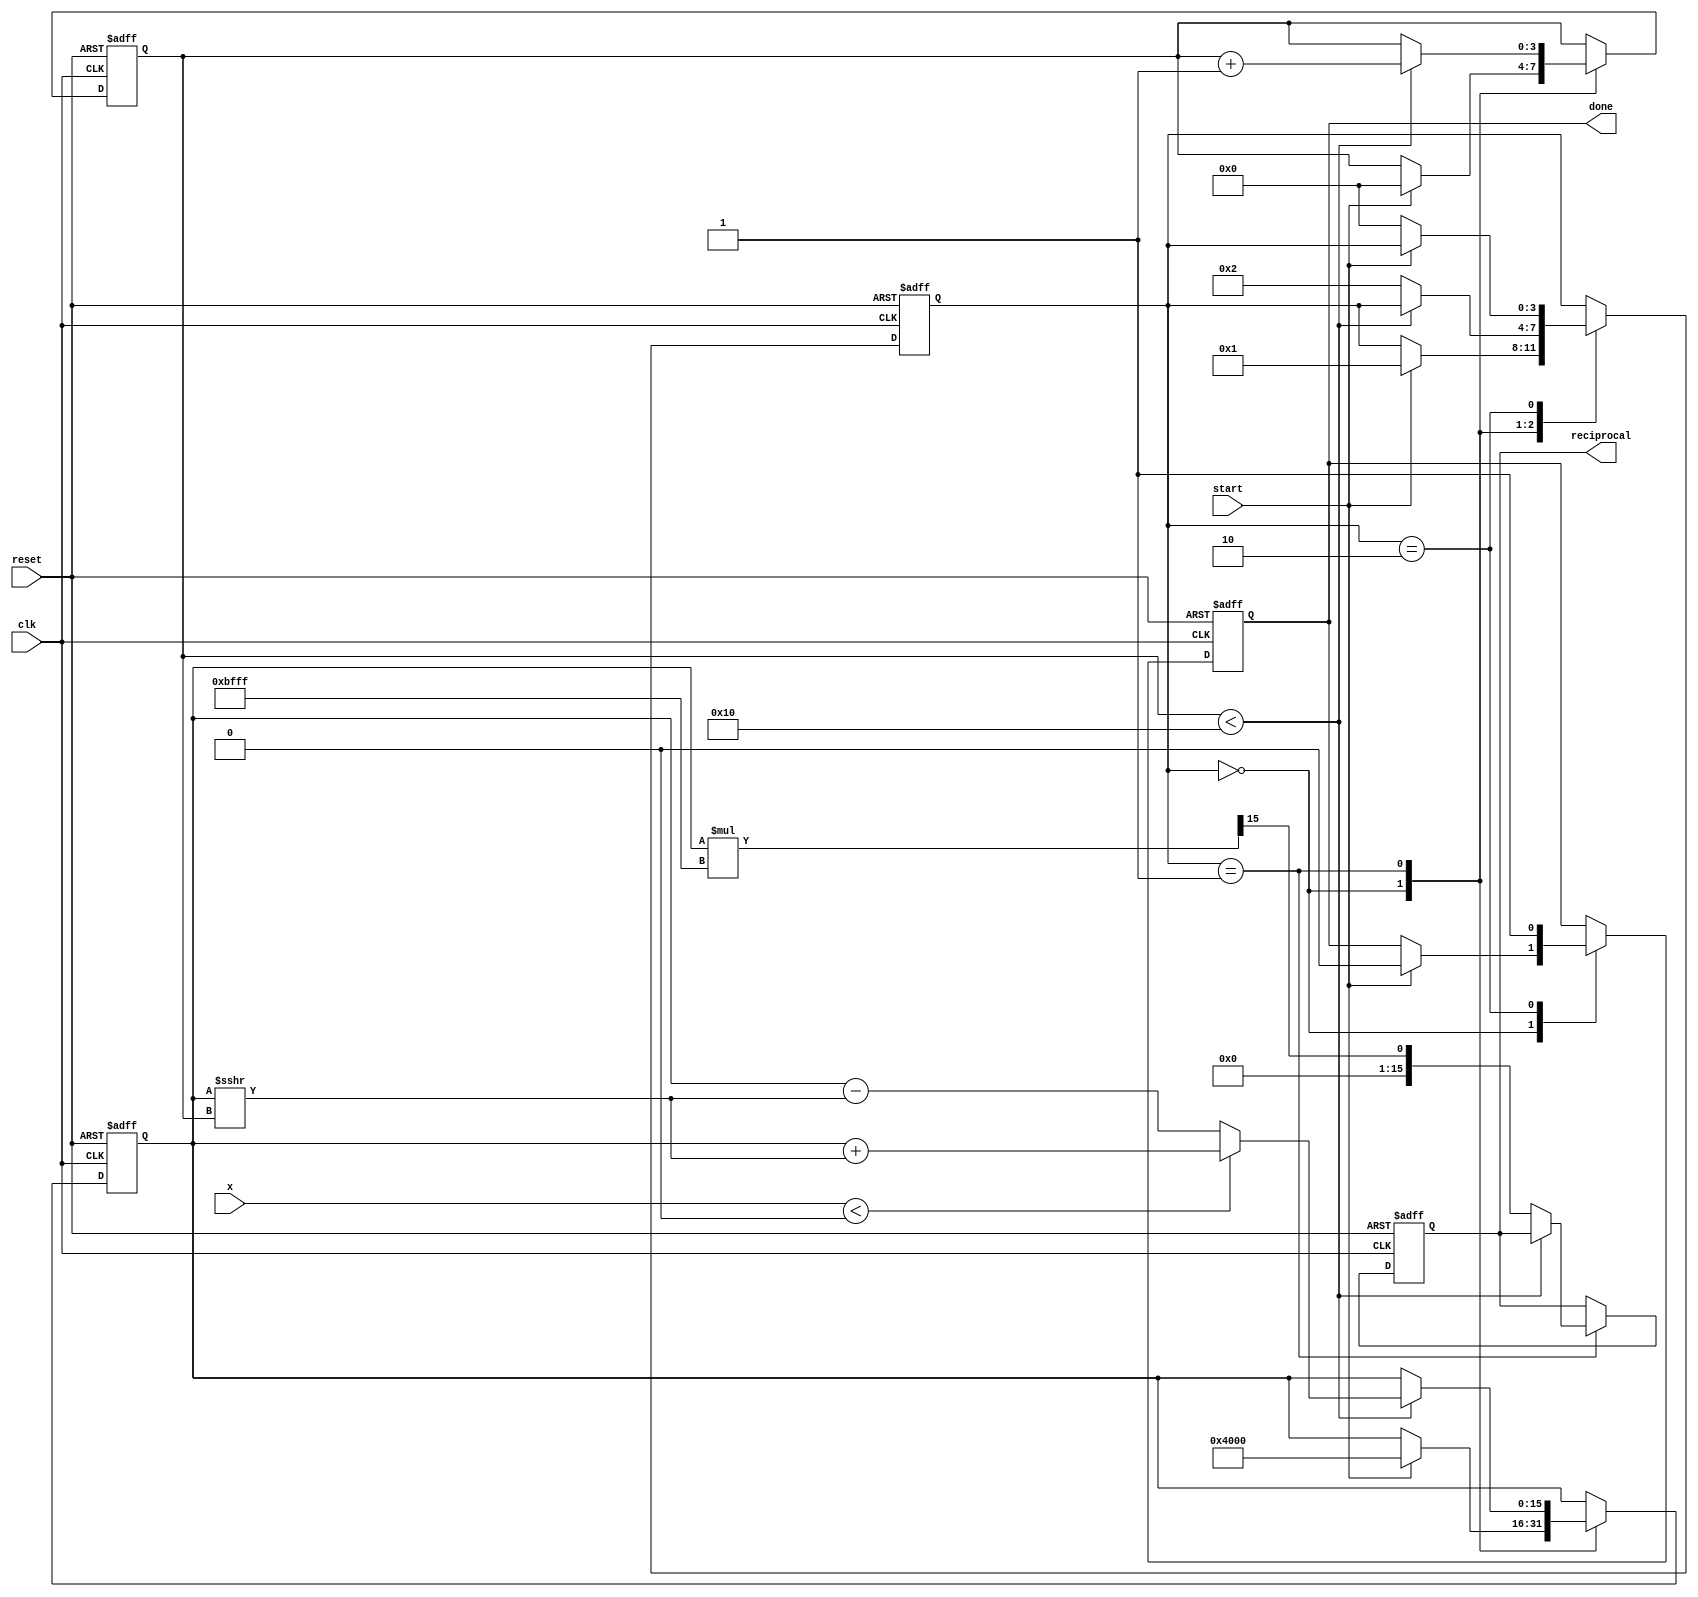
module cordic_reciprocal (
    input wire clk,
    input wire reset,
    input wire start,
    input wire [15:0] x,  // Fixed-point input, e.g., Q15 format
    output reg [15:0] reciprocal, // Fixed-point output, e.g., Q15 format
    output reg done
);
    parameter ITERATIONS = 16; // Number of CORDIC iterations
    parameter SCALE_FACTOR = 16'hBFFF; // Precomputed scaling factor (approx 0.607)
    
    // Angle lookup table (in radians, scaled appropriately for Q15)
    reg [15:0] angle_table [0:ITERATIONS-1];
    
    // Initialize the angle lookup table
    initial begin
        angle_table[0] = 16'h3FFF;  // 45 degree
        angle_table[1] = 16'h1DAC;  // 26.565 degree
        angle_table[2] = 16'h0D72;  // 14.036 degree
        angle_table[3] = 16'h05A8;  // 7.125 degree
        // Continue initializing for all needed angles...
        // ...
        angle_table[ITERATIONS-1] = angle_table[ITERATIONS-2]; // Last angle
    end
    
    reg [3:0] state;
    reg [3:0] iteration;
    reg signed [15:0] current_estimate;
    
    parameter IDLE = 4'b0000,
              COMPUTE = 4'b0001,
              DONE = 4'b0010;
    
    // State Machine for CORDIC operation
    always @(posedge clk or posedge reset) begin
        if (reset) begin
            state <= IDLE;
            done <= 1'b0;
            iteration <= 0;
            current_estimate <= 0;
            reciprocal <= 0;
        end else begin
            case (state)
                IDLE: begin
                    if (start) begin
                        current_estimate <= 16'h4000; // Initial estimate (1.0 in Q15)
                        iteration <= 0;
                        state <= COMPUTE;
                        done <= 1'b0;
                    end
                end

                COMPUTE: begin
                    if (iteration < ITERATIONS) begin
                        // CORDIC rotation logic
                        // x, y are the coordinates; here we just use a simple approximation
                        if (x < 0) begin
                            current_estimate <= current_estimate + (current_estimate >>> iteration);
                        end else begin
                            current_estimate <= current_estimate - (current_estimate >>> iteration);
                        end
                        iteration <= iteration + 1;
                    end else begin
                        reciprocal <= (current_estimate * SCALE_FACTOR) >>> 15; // Apply scaling
                        state <= DONE;
                    end
                end

                DONE: begin
                    done <= 1'b1;
                    if (!start) begin
                        state <= IDLE; // Go back to idle state
                    end
                end
            endcase
        end
    end
endmodule